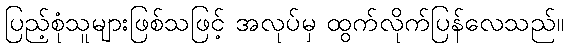
ပြည့်စုံသူများဖြစ်သဖြင့် အလုပ်မှ ထွက်လိုက်ပြန်လေသည်။